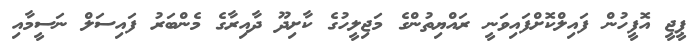
ޕީޖީ އޮފީހުން ފައިލްކޮށްފައިވަނީ ރައްޔިތުންގެ މަޖިލީހުގެ ކާށިދޫ ދާއިރާގެ މެންބަރު ފައިސަލް ނަސީމާއި